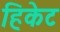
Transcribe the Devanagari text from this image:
हिकेट